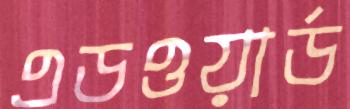
এডওয়ার্ড